Report on sanitation, dispensaries, and jails in Rajputana for 1921, and on vaccination for the year 1921-1922 - 1921-1922
Year: 1921
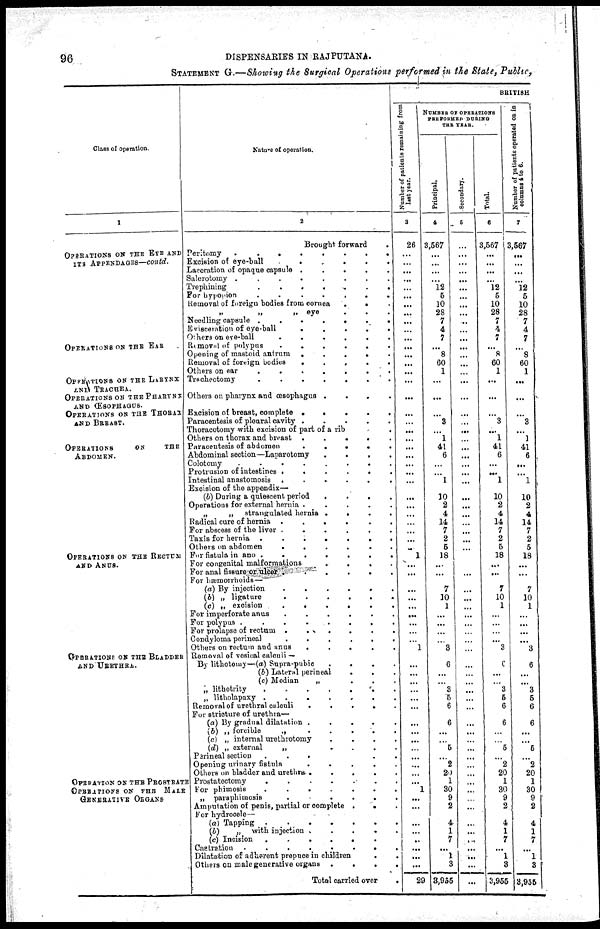
96
DISPENSARIES IN RAJPUTANA.
STATEMENT G.—Showing the Surgical Operations performed in the State, Public,
Class of operation.
1
OPERATIONS ON THE EYE AND
ITS APPENDAGES—contd.
OPERATIONS ON THE EAR .
OPERATIONS ON THE LARYNX
AND TRACHEA.
OPERATIONS ON THE PHARYNX
AND ŒSOPHAGUS.
OPERATIONS ON THE THORAX
AND BREAST.
OPERATIONS
ON
THE
ABDOMEN.
OPERATIONS ON THE RECTUM
AND ANUS.
OPERATIONS ON THE BLADDER
AND URETHRA.
OPERATION ON THE PROSTRATE
OPERATIONS ON THE MALE
GENERATIVE OLGANS
Nature of operation.
2
Brought forward.
Peritomy
Excision of eye-ball
.
.
.
.
.
Laceration of opaque capsule
.
.
.
.
.
Salerotomy
........
Trephining
........
For bypopion
......
Removal of foreign bodies from cornea
...
„
„
„ eye
...
Needling capsule
.......
Evisceration of eye-ball
......
Others on eye-ball
.
.
.
.
.
Ramoval of polypus
......
Opening of mastoid antrum
.
.
.
.
.
Removal of foreign bodies
.
.
.
.
.
Others on ear
......
Tracheotomy
......
Others on pharynx and æsophagus
.
.
.
.
Excision of breast, complete
.
.
.
.
.
Paracentesis of pleural cavity .
.
.
.
.
Thoracotomy with excision of part of a rib
..
Others on thorax and breast
.
.
.
.
.
Paracentesis of abdomen
.
.
.
.
.
Abdominal section—Laparotomy
.
.
.
.
Colotomy
........
Protrusion of intestines
......
Intestinal anastomosis
.....
Excision of the appendix—
(b) During a quiescent period
.
.
.
.
Operations for external hernia .
.
.
.
.
„
„ strangulated hernia
.
.
.
.
Radical cure of hernia
.
.
.
.
.
For abscess of the liver
......
Taxis for hernia
.......
Others on abdomen
......
For fistula in ano
.......
For congenital malformations
......
For anal fissure or ulcer
.......
For hæmorrhoids—
(a) By injection
......
(b) „ ligature
......
(c) „ excision
......
For imperforate anus
......
For polypus
......
For prolapse of rectum
......
Condyloma perineal
......
Others on rectum and anus
......
Removal of vesical calculi —
By lithotomy—(a) Supra-pubic
.
.
.
.
(b) Lateral perineal
...
(c) Median
„
.
.
.
„ lithotrity
.......
„ litholapaxy
Removal of urethral calculi
.
.
.
.
.
For stricture of urethra—
(a) By gradual dilatation .
.
.
.
.
(b) „ forcible
„
.
.
.
.
.
(c) „ internal urethrotomy
.
.
.
.
(d) „ external
„
......
Perineal section
......
Opening urinary
fistula
.
.
.
.
.
Others on bladder and urethra. .
.
.
.
.
Prostatectomy
......
For phimosis
.......
„ paraphimosis
.
.
.
.
.
Amputation of penis, partial or oomplete
...
For hydrocele—
(a) Tapping
......
(b)
„ with injection
......
(c) Incision
......
Castration
........
Dilatation of adherent prepuce in children
..
Others on male generative organs
.
.
.
.
Total carried over
.
BRITISH
Number of patients remaining from
last year.
3
26
...
...
...
...
...
...
...
...
...
...
...
...
...
...
...
...
...
...
...
...
...
...
...
...
...
...
...
...
...
...
...
...
1
...
...
...
...
...
...
...
...
...
1
...
...
...
...
...
...
...
...
...
...
...
...
...
1
...
...
...
...
...
...
...
...
29
NUMBER OF OPERATIONS
PERFORMED DURING
THE YEAR.
Principal.
4
3,567
...
...
...
...
12
5
10
28
7
4
7
...
8
60
1
...
...
...
3
...
1
41
6
...
...
1
10
2
4
14
7
2
5
18
...
...
7
10
1
...
...
...
...
3
6
...
...
3
5
6
6
...
...
5
...
2
20
1
30
9
2
4
1
7
...
1
3
3,955
Secondary.
5
...
...
...
...
...
...
...
...
...
...
...
...
...
...
...
...
...
...
...
...
...
...
...
...
...
...
...
...
...
...
...
...
...
...
...
...
...
...
...
...
...
...
...
...
...
...
...
...
...
...
...
...
...
...
...
...
...
...
...
...
...
...
...
...
...
...
...
...
...
Total.
6
3,567
...
...
...
...
12
12
10
28
7
4
7
...
8
60
1
...
...
...
3
...
1
41
6
...
...
1
10
2
4
14
7
2
5
18
...
...
7
10
1
...
...
...
...
3
6
...
...
3
5
6
6
...
...
5
...
2
20
1
30
9
2
4
1
7
...
1
8
3,955
Number of patients operated on in
columns 4 to 6.
7
3,567
...
...
...
...
12
12
10
28
7
4
7
...
8
60
1
...
...
...
3
...
1
41
6
...
...
1
10
2
4
14
7
2
5
18
...
...
7
10
1
...
...
...
...
3
6
6
...
3
5
6
6
...
...
5
...
2
20
1
30
9
2
4
1
7
...
1
3
3,955